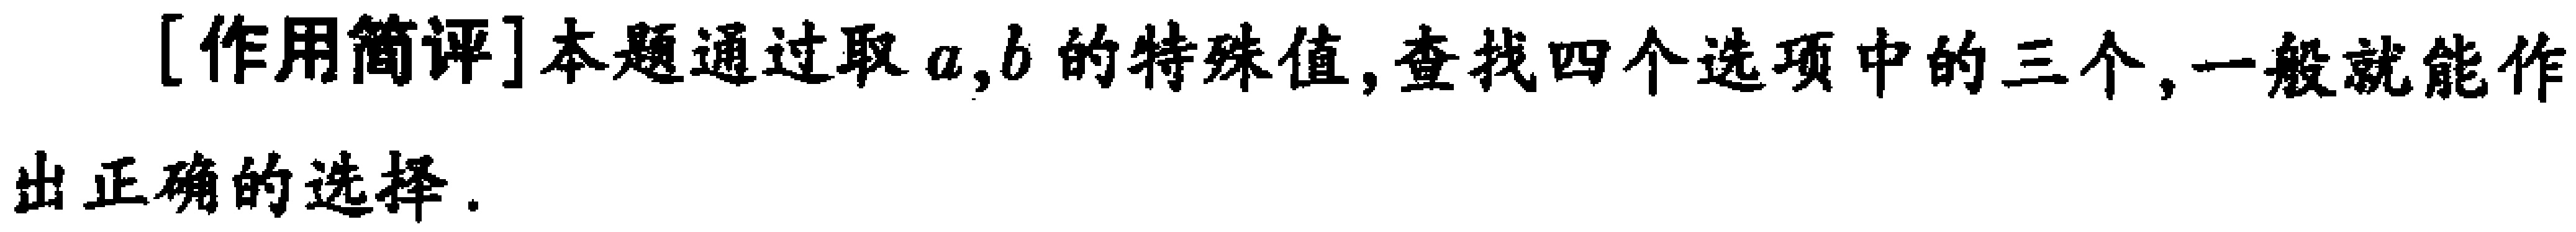
[作用简评]本题通过取\(a,b\)的特殊值,查找四个选项中的三个,一般就能作出正确的选择.